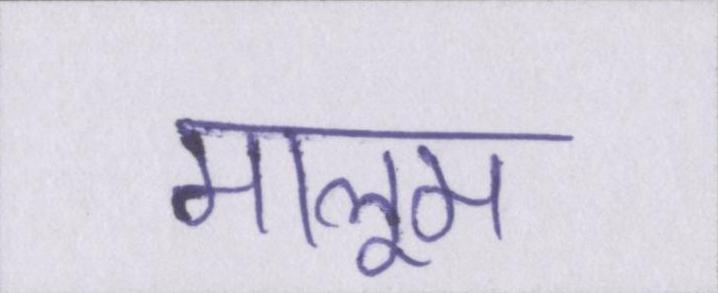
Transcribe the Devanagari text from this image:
मालूम